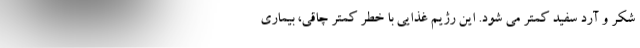
شکر و آرد سفید کمتر می شود. این رژیم غذایی با خطر کمتر چاقی، بیماری